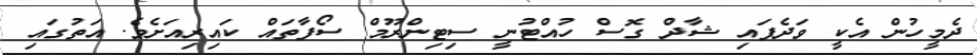
ދެމީހުން އެކީ ވަދެފައި ޝާދް ގޮސް ހުއްޓުނީ ސިޓިންރޫމް ސޯފާތައް ކައިރިއަށެވެ. އަތުގައި